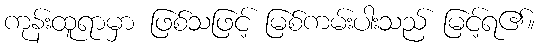
ကုန်းထူရာမှာ ဖြစ်သဖြင့် မြစ်ကမ်းပါးသည် မြင့်ရ၏။